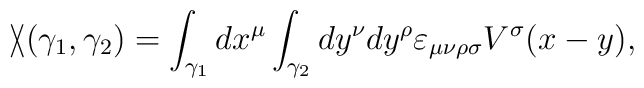
\backslash\!\!\!\slash(\gamma_1,\gamma_2)=\int_{\gamma_1}dx^\mu\int_{\gamma_2}dy^\nu dy^\rho\varepsilon_{\mu\nu\rho\sigma}V^\sigma(x-y),